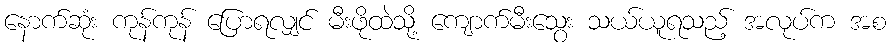
နောက်ဆုံး ကုန်ကုန် ပြောရလျှင် မီးဖိုထဲသို့ ကျောက်မီးသွေး သယ်ယူရသည့် အလုပ်က အစ